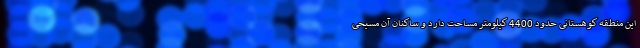
این منطقه کوهستانی حدود 4400 کیلومتر مساحت دارد و ساکنان آن مسیحی